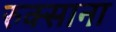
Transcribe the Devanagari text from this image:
रुक्साना